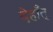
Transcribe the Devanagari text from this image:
देहाँत्